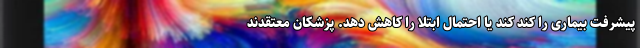
پیشرفت بیماری را کند کند یا احتمال ابتلا را کاهش دهد. پزشکان معتقدند